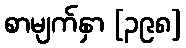
စာမျက်နှာ [၃၉၈]